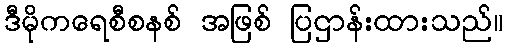
ဒီမိုကရေစီစနစ် အဖြစ် ပြဌာန်းထားသည်။